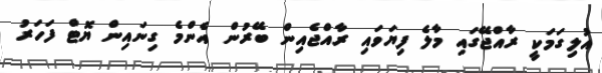
އުލިގަމަކީ ރާއްޖޭގައި މާލެ ފިޔަވައި ރާއްޖެއިން ބޭރުން އެންމެ ގިނައިން ޔޮޓް ފަހަރު